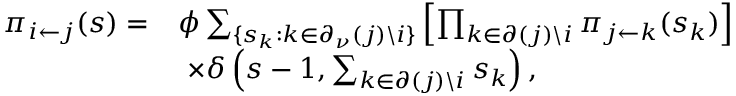
\begin{array} { r l } { \pi _ { i \leftarrow j } ( s ) = } & { \phi \sum _ { \{ s _ { k } : k \in \partial _ { \nu } ( j ) \backslash i \} } \left[ \prod _ { k \in \partial ( j ) \backslash i } \pi _ { j \leftarrow k } ( s _ { k } ) \right] } \\ & { \ \times \delta \left( s - 1 , \sum _ { k \in \partial ( j ) \backslash i } s _ { k } \right) , } \end{array}